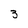
Character: 3